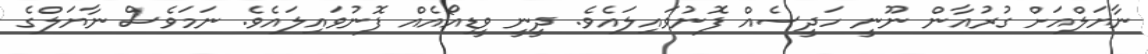
ނާޔަލްއަށް ގުރުއާން ނޫނީ ހަދީސެއް ފޮނުވައިލައެވެ. ދީނީ ވީޑިއޯއެއް ފޮނުވައިލައެވެ. ނަމަވެސް ނާޔަލްގެ